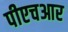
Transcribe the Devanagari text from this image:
पीएचआर